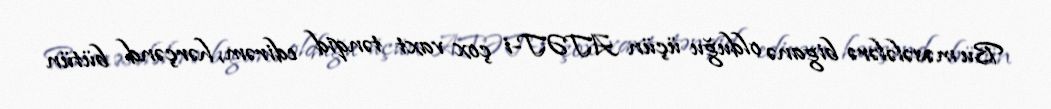
Bu məsələlərə biganə olduğu üçün ATƏT-i çox vaxt tənqid edirəm, hərçənd bütün